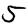
Digit: 5